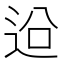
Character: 𨒄